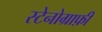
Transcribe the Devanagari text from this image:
स्टेनोग्राफ़ी